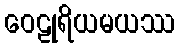
ဝေဠုရိယမယဿ